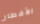
الأفطار